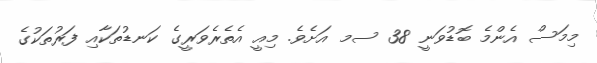
މިމަސް އެންމެ ބޮޑުވަނީ 38 ސމ އަށެވެ. މިއީ އެތެރެވަރީގެ ކަނޑުތަކާއި ފަރުތަކުގެ